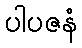
ပါပဇနံ